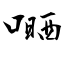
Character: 嗮